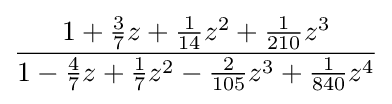
{\frac {1+{\frac {3}{7}}z+{\frac {1}{14}}z^{2}+{\frac {1}{210}}z^{3}}{1-{\frac {4}{7}}z+{\frac {1}{7}}z^{2}-{\frac {2}{105}}z^{3}+{\frac {1}{840}}z^{4}}}